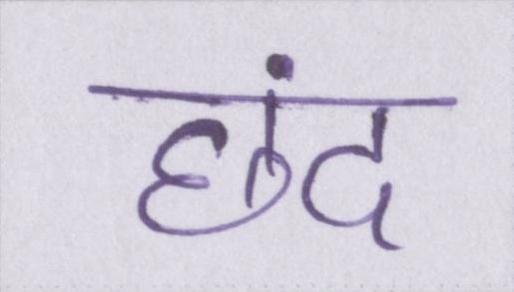
छंद